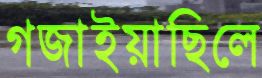
গজাইয়াছিলে